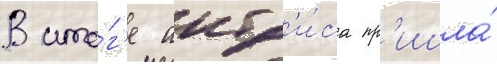
В ито́г'е актр'и́са пр'ишла́